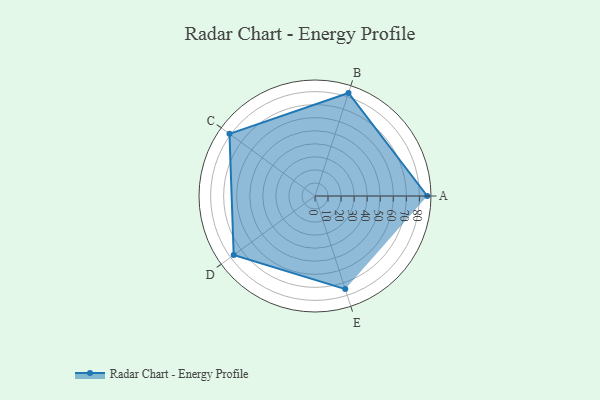
{"axis": {"x": "Skill", "y": "Score"}, "legend": ["Profile"], "data": [{"x": "A", "y": 86.0, "type": "Profile"}, {"x": "B", "y": 83.0, "type": "Profile"}, {"x": "C", "y": 81.0, "type": "Profile"}, {"x": "D", "y": 77.0, "type": "Profile"}, {"x": "E", "y": 75.0, "type": "Profile"}]}